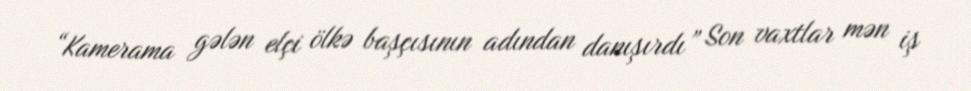
“Kamerama gələn elçi ölkə başçısının adından danışırdı” Son vaxtlar mən iş